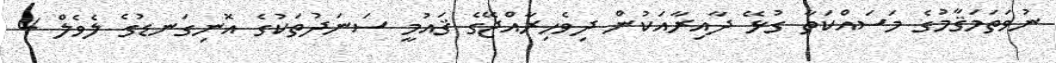
ނުވަތަމަޤާމުގެ މަސައްކަތާ ގުޅޭ ދާއިރާއަކުން ދިވެހިރާއްޖޭގެ ޤައުމީ ސަނަދުތަކުގެ އޮނިގަނޑުގެ ލެވެލް 4